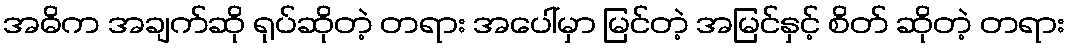
အဓိက အချက်ဆို ရုပ်ဆိုတဲ့ တရား အပေါ်မှာ မြင်တဲ့ အမြင်နှင့် စိတ် ဆိုတဲ့ တရား